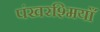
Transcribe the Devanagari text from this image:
पंखरश्मियाँ